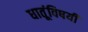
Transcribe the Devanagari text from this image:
धातूंविषयीं